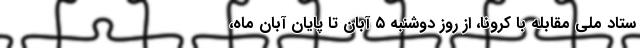
ستاد ملی مقابله با کرونا، از روز دوشنبه ۵ آبان تا پایان آبان ماه،